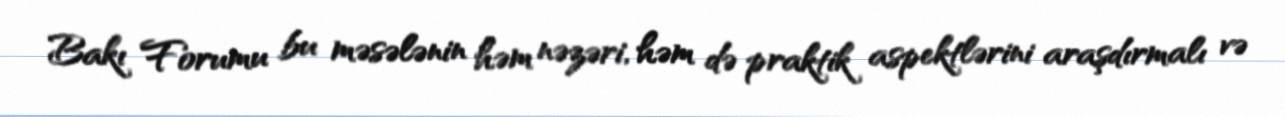
Bakı Forumu bu məsələnin həm nəzəri, həm də praktik aspektlərini araşdırmalı və